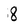
Character: 8